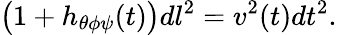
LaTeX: \bigl(1+h_{\theta\phi\psi}(t)\bigr)dl^{2}=v^{2}(t)dt^{2}.